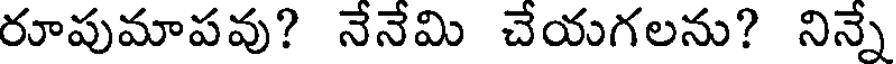
రూపుమాపవు? నేనేమి చేయగలను? నిన్నే